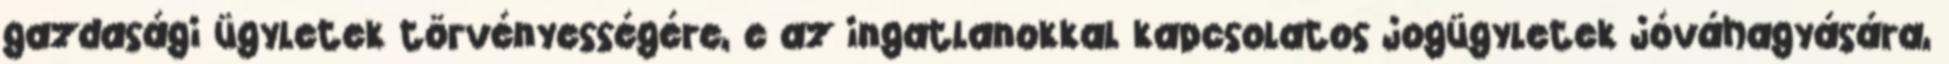
gazdasági ügyletek törvényességére, e az ingatlanokkal kapcsolatos jogügyletek jóváhagyására,